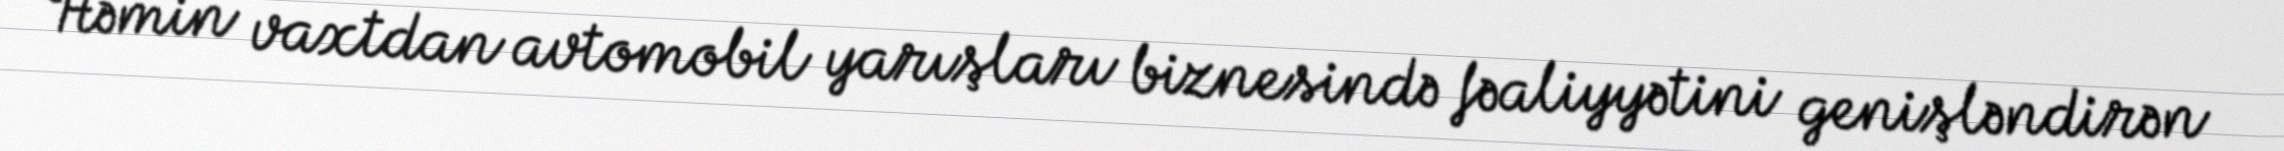
Həmin vaxtdan avtomobil yarışları biznesində fəaliyyətini genişləndirən